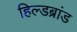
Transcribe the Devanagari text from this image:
हिल्डब्रांड